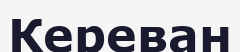
Кереван